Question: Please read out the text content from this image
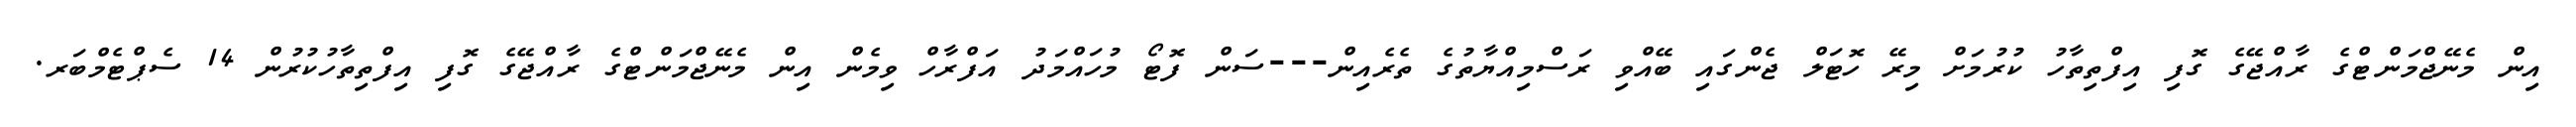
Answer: އިން މެނޭޖްމަންޓްގެ ރާއްޖޭގެ ގޮފި އިފްތިތާހު ކުރުމަށް މިރޭ ހޮޓަލް ޖެންގައި ބޭއްވި ރަސްމިއްޔާތުގެ ތެރެއިން---ސަން ފޮޓޯ މުހައްމަދު އަފްރާހް ވިމެން އިން މެނޭޖްމަންޓްގެ ރާއްޖޭގެ ގޮފި އިފްތިތާހުކުރުން 14 ސެޕްޓެމްބަރ.